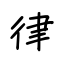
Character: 律